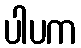
ပါပက